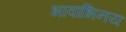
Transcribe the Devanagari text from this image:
भावाभिनय